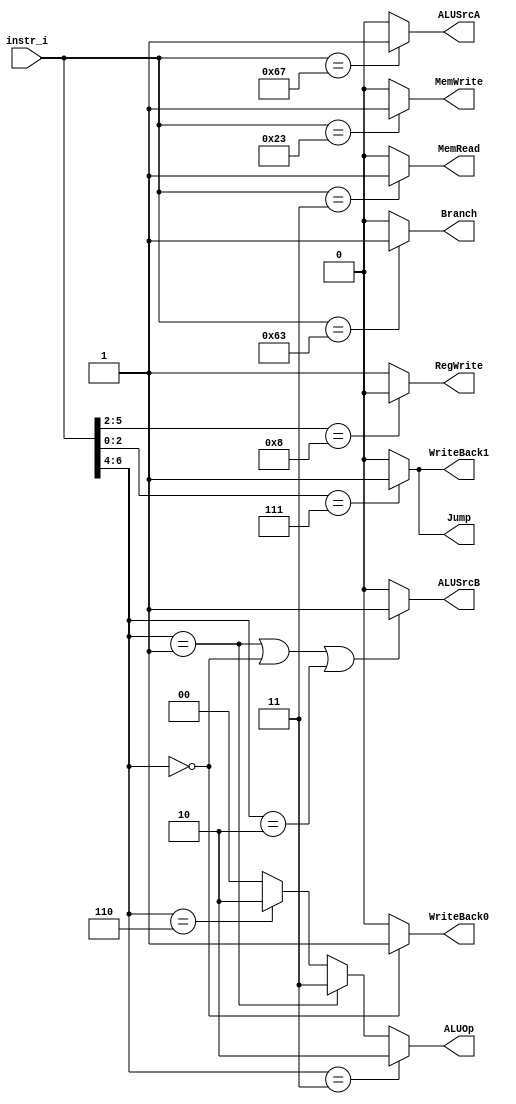

`timescale 1ns/1ps

module Decoder(
    input   [7-1:0]     instr_i,
    output              RegWrite,
    output              Branch,
    output              Jump,
    output              WriteBack1,
    output              WriteBack0,
    output              MemRead,
    output              MemWrite,
    output              ALUSrcA,
    output              ALUSrcB,
    output  [2-1:0]     ALUOp
);

/* Write your code HERE */
wire [6:0] opcode;
wire [2:0] funct3;

assign opcode = instr_i[6:0];
assign funct3 = instr_i[14:12];

assign RegWrite = (opcode[5:2] == 4'b1000) ? 1'b0 : 1'b1;
//only store and branch no need
assign Branch = (opcode == 7'b1100011) ? 1'b1 : 1'b0;
//only branch 
assign Jump = (opcode[2:0] == 3'b111) ? 1'b1 : 1'b0;
//only jal jalr
assign WriteBack1 = (opcode[2:0] == 3'b111) ? 1'b1 : 1'b0;
//only jal jalr 
assign WriteBack0 = (opcode[6:4] == 3'b000) ? 1'b1 : 1'b0;
//only lw 
assign MemRead = (opcode == 7'b0000011) ? 1'b1 : 1'b0;
//only load need
assign MemWrite = (opcode == 7'b0100011) ? 1'b1 : 1'b0;
//only store need
assign ALUSrcA = (opcode == 7'b1100111) ? 1'b1 : 1'b0;
//only jalr
assign ALUSrcB = (opcode[6:4] == 3'b001 || opcode[6:4] == 3'b000 || opcode[6:4] == 3'b010) ? 1'b1 : 1'b0;
//choose imm
assign ALUOp = (opcode[6:4] == 3'b011) ? 2'b10 : (opcode[6:4] == 3'b001) ? 2'b11 : (opcode[6:4] == 3'b110) ? 2'b10 : 2'b00;

endmodule